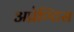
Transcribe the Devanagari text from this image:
अप्रेण्टिस